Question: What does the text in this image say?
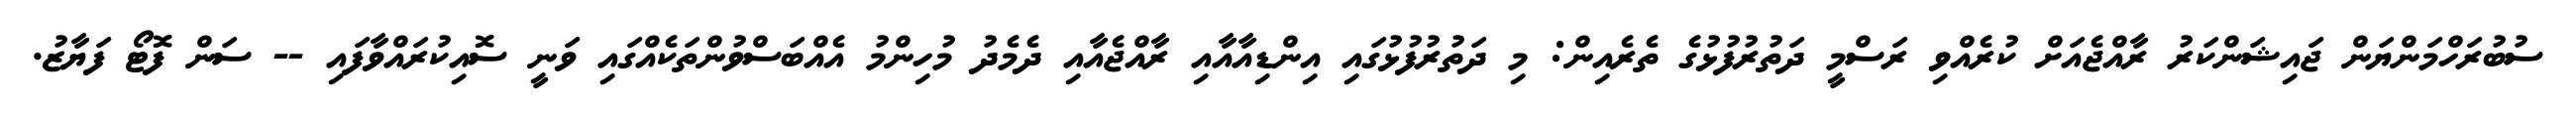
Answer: ސުބުރަހްމަންޔަން ޖައިޝަންކަރު ރާއްޖެއަށް ކުރެއްވި ރަސްމީ ދަތުރުފުޅުގެ ތެރެއިން: މި ދަތުރުފުޅުގައި އިންޑިއާއާއި ރާއްޖެއާއި ދެމެދު މުހިންމު އެއްބަސްވުންތަކެއްގައި ވަނީ ސޮއިކުރައްވާފައި -- ސަން ފޮޓޯ ފަޔާޒު.